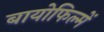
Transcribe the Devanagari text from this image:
बायोफिल्में